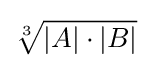
{\sqrt[{3}]{|A|\cdot |B|}}